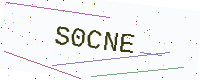
Text: S0CNE